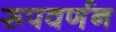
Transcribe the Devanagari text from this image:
रूपवर्णन